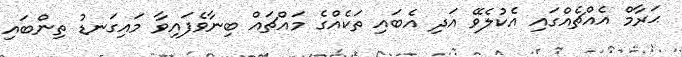
ޙަރާމް އެއްޗެއްގައި އެކުލެވޭ އަދި އެބައި ތަކެއްގެ މައްޗައް ބިނާވެފައިވާ މައިގަނޑު ތިންބައި